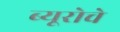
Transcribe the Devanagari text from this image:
ब्यूरोचे